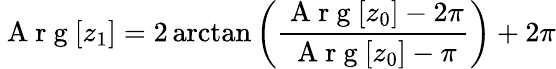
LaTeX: \mathrm{~A~r~g~}[z_{1}]=2\arctan\left(\frac{\mathrm{~A~r~g~}[z_{0}]-2\pi}{\mathrm{~A~r~g~}[z_{0}]-\pi}\right)+2\pi